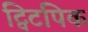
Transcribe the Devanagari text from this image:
ट्विटपिक